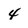
Character: 4